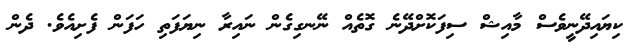
ކިޔައިދޭނީވެސް މާއިޝް ސިފަކޮށްދޭނެ ގޮތެއް ނޭނގިގެން ނައިރާ ނިޔަފަތި ހަފަން ފެށިއެވެ. ދެން